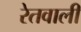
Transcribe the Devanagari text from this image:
रेतवाली